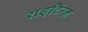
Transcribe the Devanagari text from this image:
राइटिंग्ज़